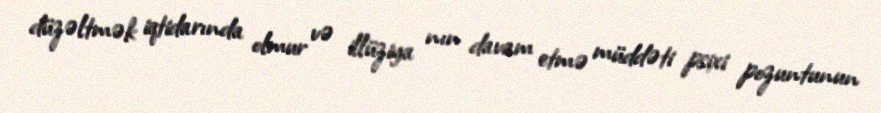
düzəltmək iqtidarında olmur və illüziya nın davam etmə müddəti psixi pozuntunun